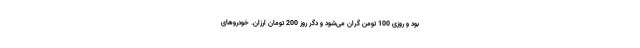
بود و روزی 100 تومن گران می‌شود و دگر روز 200 تومان ارزان. خودروهای